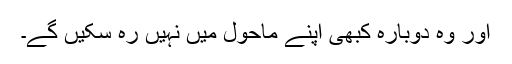
اور وہ دوبارہ کبھی اپنے ماحول میں نہیں رہ سکیں گے۔